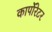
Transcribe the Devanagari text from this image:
कार्पोरेटर